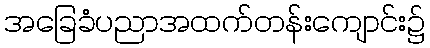
အခြေခံပညာအထက်တန်းကျောင်း၌